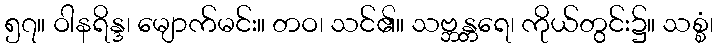
၅၇။ ဝါနရိန္ဒ၊ မျောက်မင်း။ တဝ၊ သင်၏။ သဗ္ဘန္တရေ၊ ကိုယ်တွင်း၌။ သစ္စံ၊